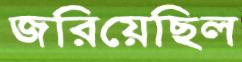
জরিয়েছিল